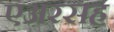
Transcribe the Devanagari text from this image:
एअरसह